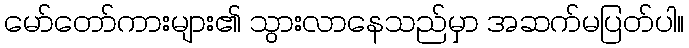
မော်တော်ကားများ၏ သွားလာနေသည်မှာ အဆက်မပြတ်ပါ။